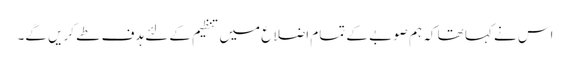
اس نے کہا تھا کہ ہم صوبے کے تمام اضلاع میں تنظیم کے لئے ہدف طے کریں گے۔